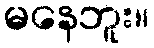
မနေဘူး။